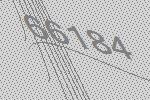
66184